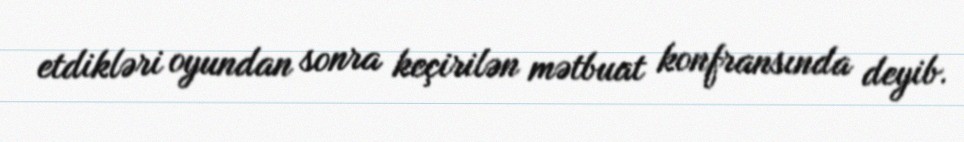
etdikləri oyundan sonra keçirilən mətbuat konfransında deyib.